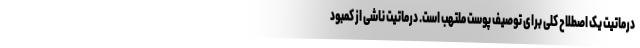
درماتیت یک اصطلاح کلی برای توصیف پوست ملتهب است. درماتیت ناشی از کمبود